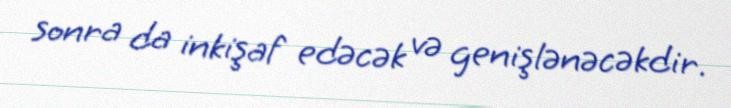
sonra da inkişaf edəcək və genişlənəcəkdir.